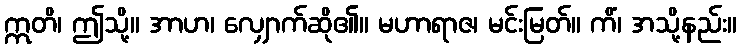
ဣတိ၊ ဤသို့။ အာဟ၊ လျှောက်ဆို၏။ မဟာရာဇ၊ မင်းမြတ်။ ကိံ၊ အသို့နည်း။